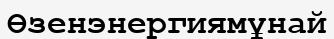
Өзенэнергиямұнай